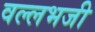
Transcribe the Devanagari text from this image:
वल्लभजी